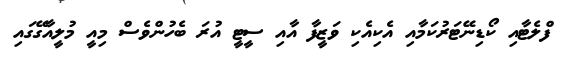
ފްލެޓާއި ކޯޑިނޭޓަރުކަމާއި އެކިއެކި ވަޒީފާ އާއި ސީޓީ އުރަ ބެހުންވެސް މިއީ މުލީއާގޭގައި